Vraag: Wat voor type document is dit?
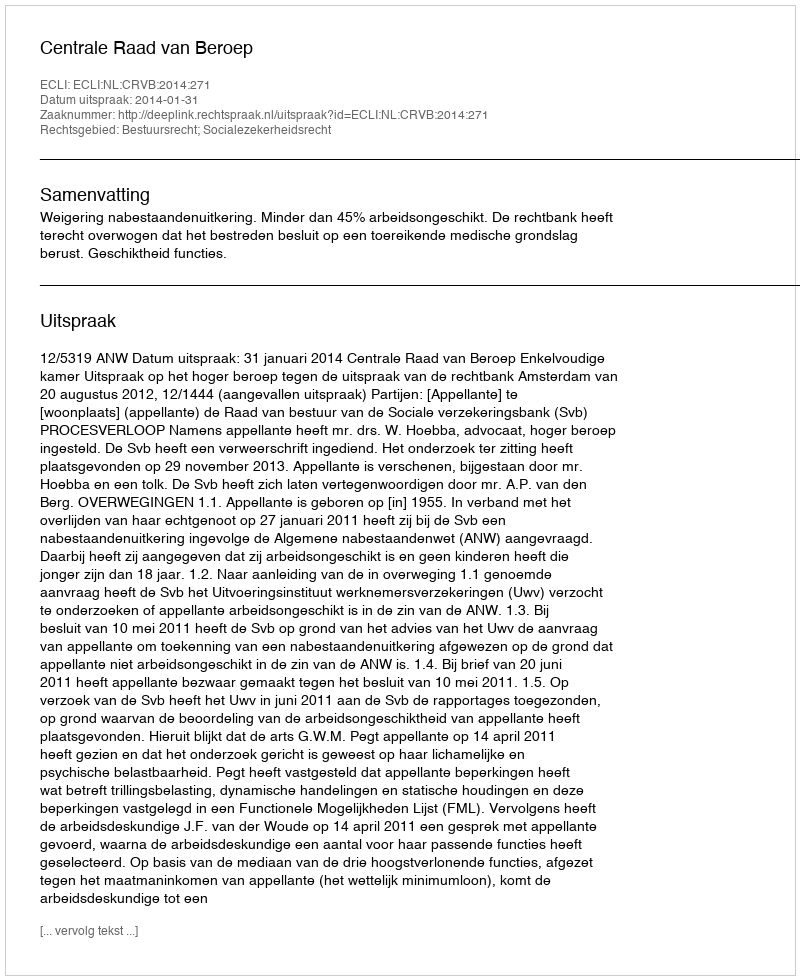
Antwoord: Uitspraak